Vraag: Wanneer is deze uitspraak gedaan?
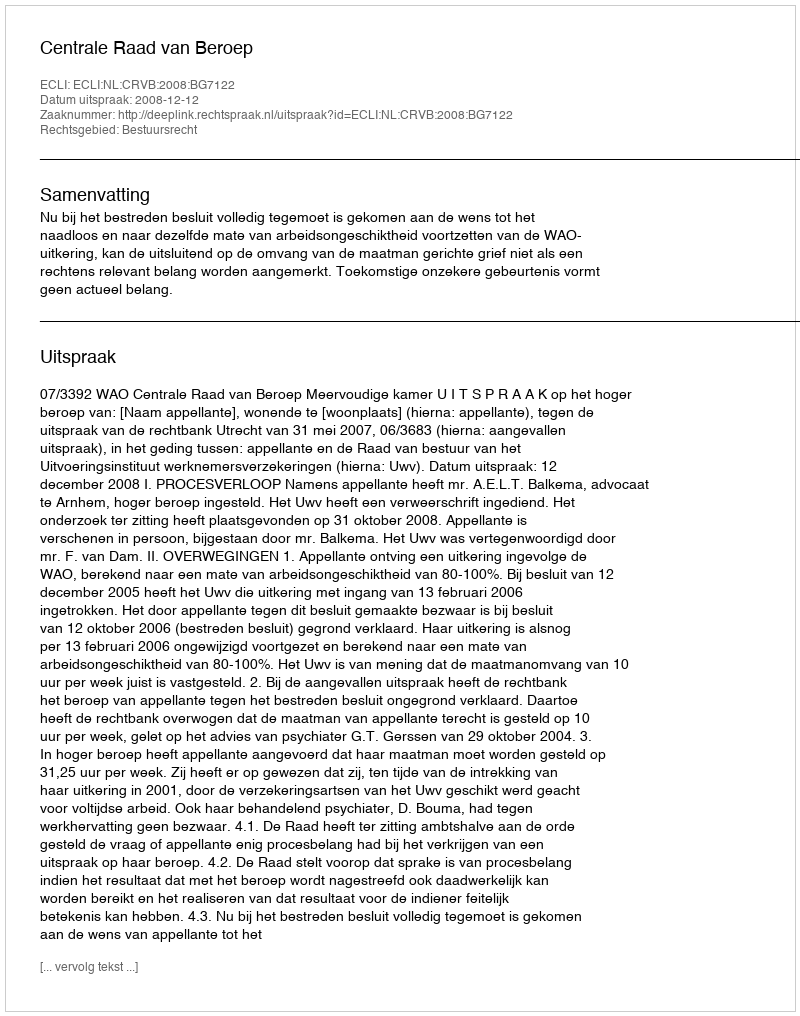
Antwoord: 2008-12-12